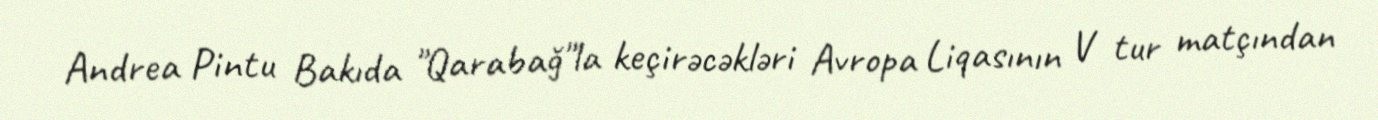
Andrea Pintu Bakıda "Qarabağ"la keçirəcəkləri Avropa Liqasının V tur matçından